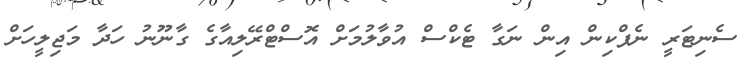
ސެނިޓަރީ ނެޕްކިން އިން ނަގާ ޓެކްސް އުވާލުމަށް އޮސްޓްރޭލިއާގެ ގާނޫނު ހަދާ މަޖިލީހަށް